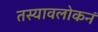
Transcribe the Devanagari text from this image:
तस्यावलोकनं